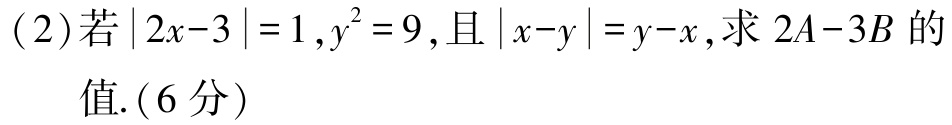
(2)若\(\vert 2x - 3\vert = 1\)，\(y^{2}=9\)，且\(\vert x - y\vert = y - x\)，求\(2A - 3B\)的值.(6分)